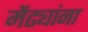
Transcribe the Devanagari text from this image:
मेंढ्यांना